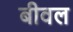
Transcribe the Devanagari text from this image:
बीवल